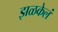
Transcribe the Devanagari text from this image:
झळकेलं